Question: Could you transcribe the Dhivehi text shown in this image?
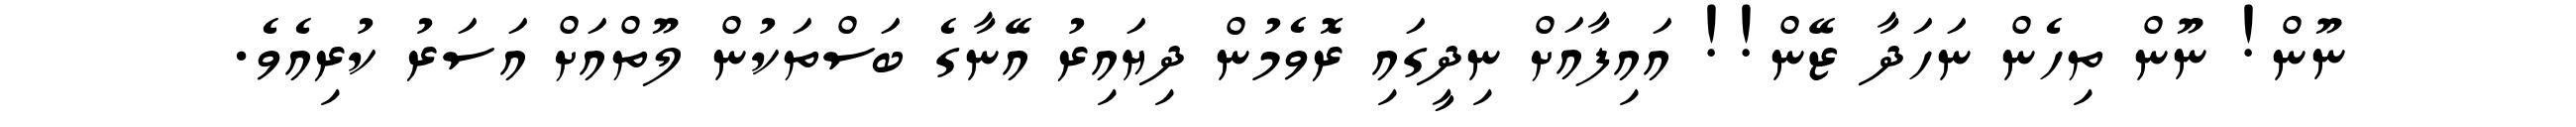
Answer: ނޫން! ނޫން ތިހެން ނަހަދާ ޒޭން!! އައިފާއަށް ނިދީގައި ރޮވެމުން ދިޔައިރު އޭނާގެ ބަސްތަކުން ލޫތްއަށް އަސަރު ކުރިއެވެ.